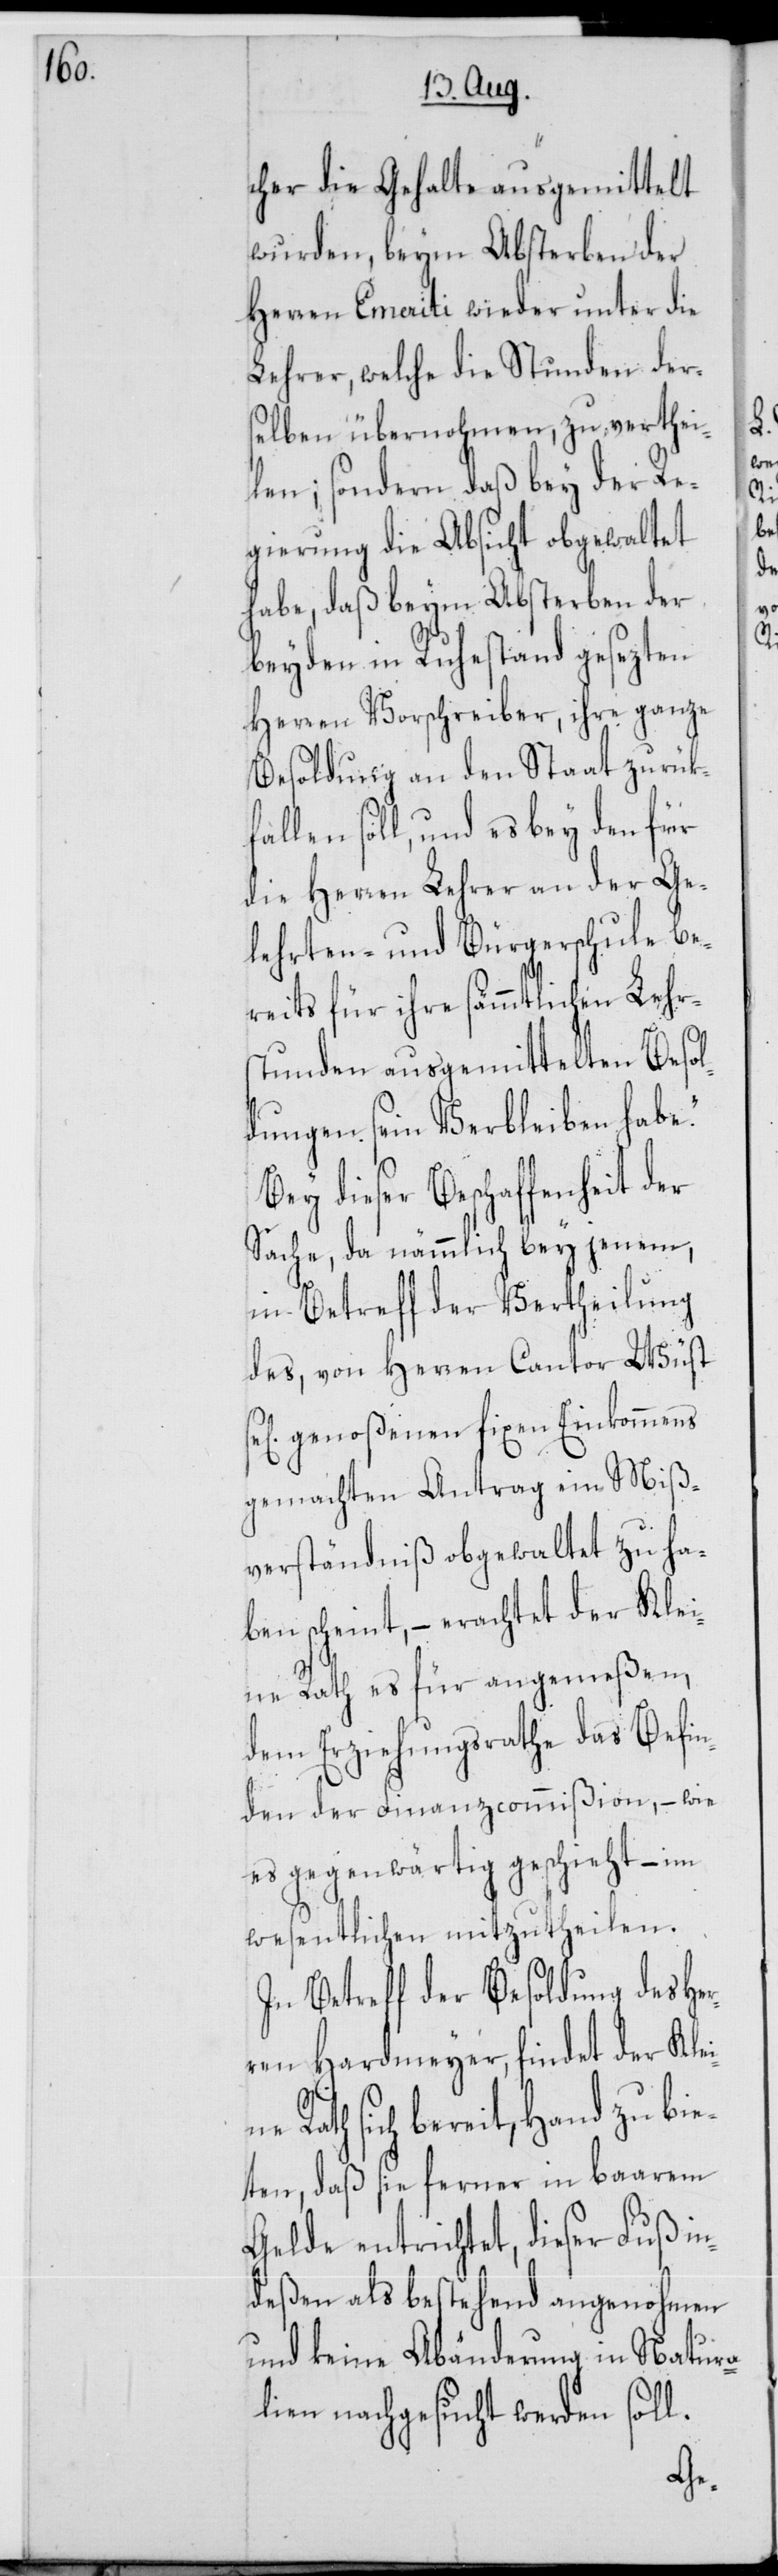
cher die Gehalte ausgemittelt
wurden, beym Absterben der
Herren Emeriti wieder unter die
Lehrer, welche die Stunden der¬
selben übernohmen, zu verthei¬
len; sondern daß bey der Re¬
gierung die Absicht obgewaltet
habe, daß beym Absterben der
beyden in Ruhestand gesezten
Herren Vorschreiber, ihre ganze
Besoldung an den Staat zurük¬
fallen soll, und es bey den für
die Herren Lehrer an der Ge¬
lehrten- und Bürgerschule be¬
reits für ihre sämmtlichen Lehr¬
stunden ausgemittelten Besol¬
dungen sein Verbleiben habe.“
Bey dieser Beschaffenheit der
Sache, da nämmlich bey jenem,
in Betreff der Vertheilung
des, von Herren Cantor Wüst
genoßenen fixen Einkommens
gemachten Antrag ein Miß¬
verständniß obgewaltet zu ha¬
ben scheint, – erachtet der Klei¬
ne Rath es für angemeßen,
dem Erziehungsrathe das Befin¬
den der Finanzcommißion, – wie
es gegenwärtig geschieht, – im
Wesentlichen mitzutheilen.
In Betreff der Besoldung des He¬
rren Hardmeyer, findet der Kle¬
Rath sich bereit, Hand zu bi¬
eten, daß sie ferner in baarem
Gelde entrichtet, dieser Fuß in¬
deßen als bestehend angenohmen
und keine Abänderung in Natura¬
lien nachgesucht werden soll.
ine